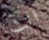
انت